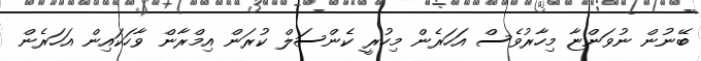
ބޭނުން ނުވަންޏާ މިހާރުވެސް އަހަރެން މިހުރީ ކެންސަލް ކުރަން އިމްރާން ވާހަކައިން އަހަރެން